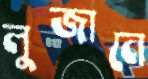
লুজানে